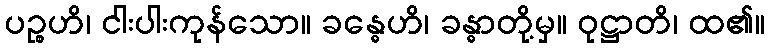
ပဉ္စဟိ၊ ငါးပါးကုန်သော။ ခန္ဓေဟိ၊ ခန္ဓာတို့မှ။ ဝုဋ္ဌာတိ၊ ထ၏။